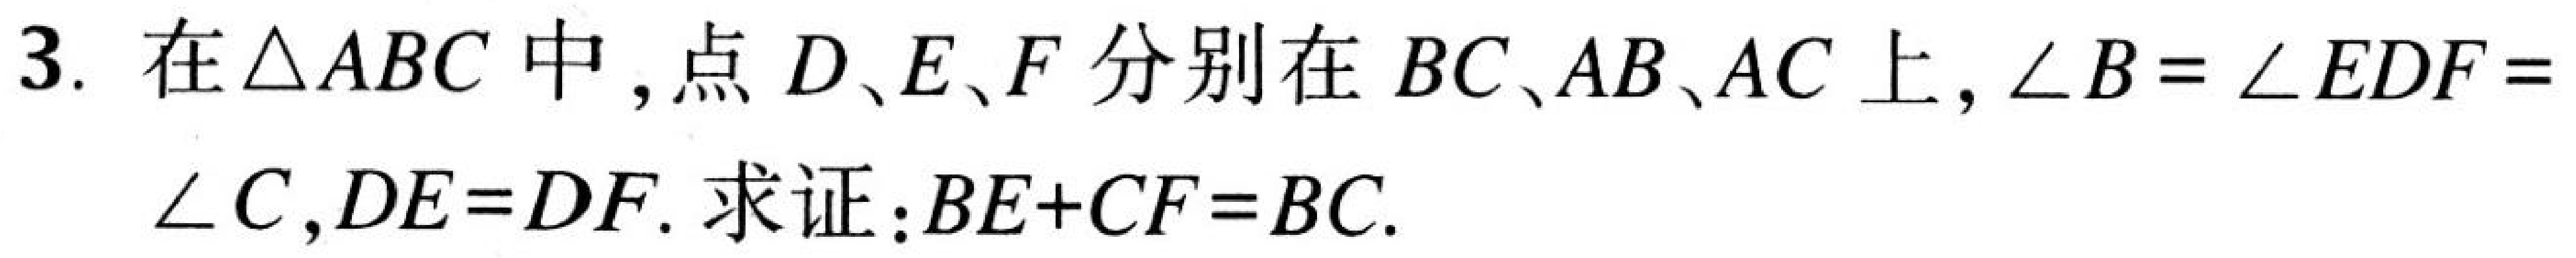
3. 在\(\triangle ABC\)中，点\(D\)、\(E\)、\(F\)分别在\(BC\)、\(AB\)、\(AC\)上，\(\angle B = \angle EDF=\angle C\)，\(DE = DF\). 求证：\(BE + CF = BC\).